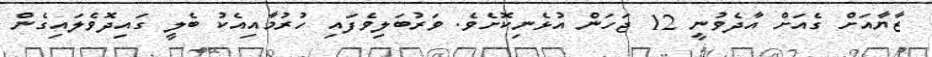
ޒާޔާއަށް ގެއަށް އާދެވުނީ 12 ޖަހަން އުޅެނިކޮށެވެ. ވަރުބަލިވެފައި ހުރުމާއިއެކު ބެލީ ގައިދޮވެލައިގެން